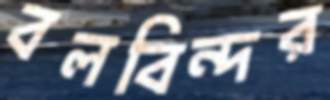
বলবিন্দর